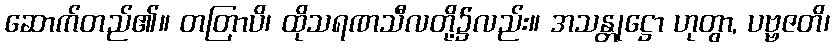
ဆောက်တည်၏။ တတြာပိ၊ ထိုသရဏသီလတို့၌လည်း။ အသန္တုဋ္ဌော ဟုတွာ, ပဗ္ဗဇတိ၊